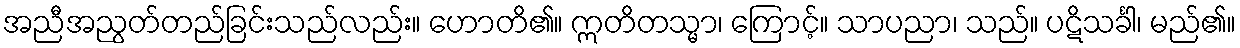
အညီအညွတ်တည်ခြင်းသည်လည်း။ ဟောတိ၏။ ဣတိတသ္မာ၊ ကြောင့်။ သာပညာ၊ သည်။ ပဋိသင်္ခါ၊ မည်၏။